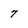
Character: 7